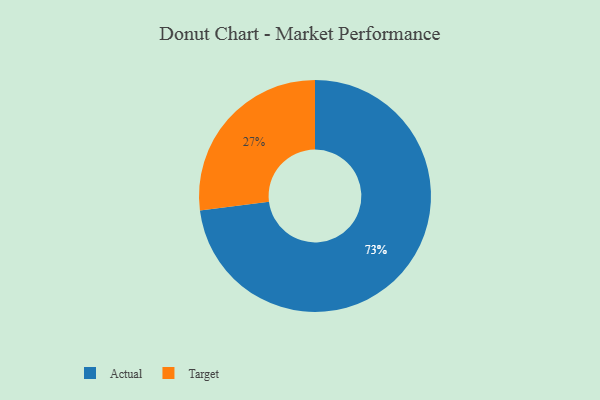
{"axis": {"x": "Category", "y": "Percentage"}, "legend": ["Actual", "Target"], "data": [{"x": "Target", "y": 27, "type": "Target"}, {"x": "Actual", "y": 73, "type": "Actual"}]}